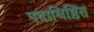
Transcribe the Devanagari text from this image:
पदाधिष्ठित